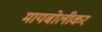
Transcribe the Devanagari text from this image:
मायबोलीकर